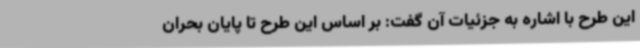
این طرح با اشاره به جزئیات آن گفت: بر اساس این طرح تا پایان بحران